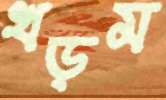
খড়ম